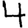
Digit: 4